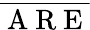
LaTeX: \overline{{\mathrm{~A~R~E~}}}